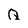
Character: Q